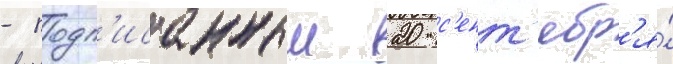
- подп'исанныи 20 с'ент'ябр'я́